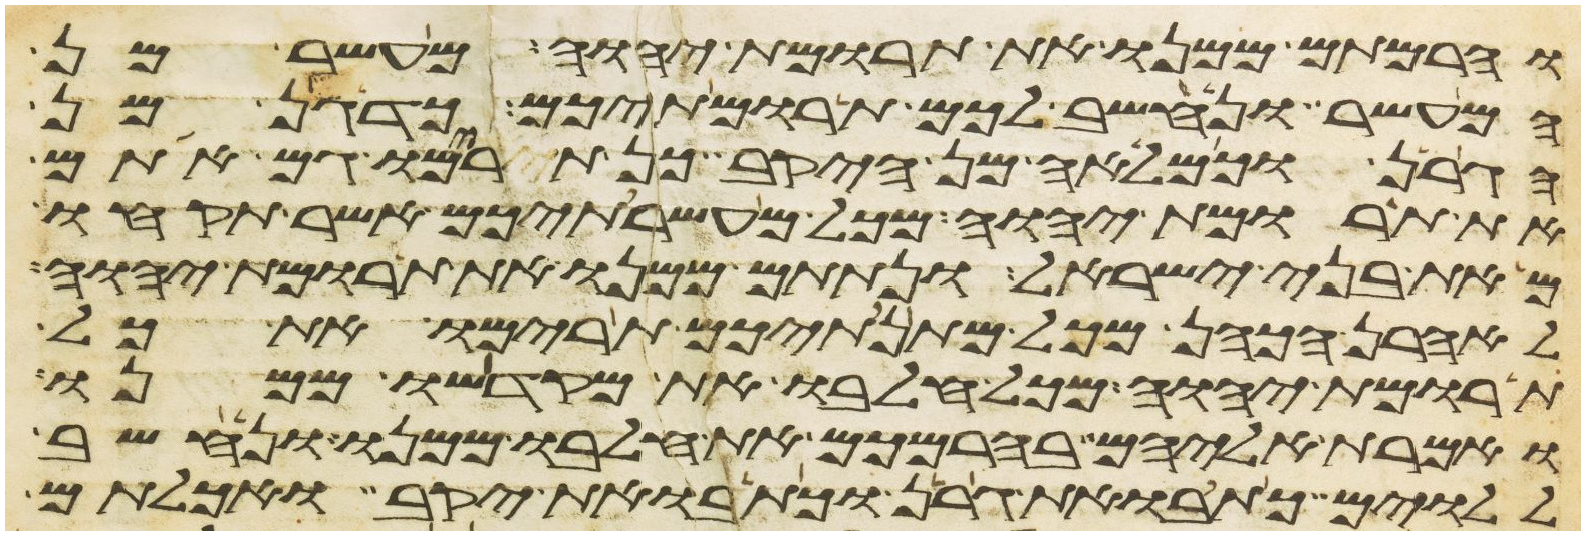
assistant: והרמתם ממנו את תרומת יהוה מעשר מן
המעשר ונחשב לכם תרומתיכם כדגן מן
הגרן וכמלאה מן היקב כן תרימו גם אתם
את תרומת יהוה מכל מעשרתיכם אשר תקחו
מאת בני ישראל ונתתם ממנו את תרומת יהוה
לאהרן הכהן מכל מתנתיכם תרימו את כל
תרומת יהוה מכל חלבו את מקדשו ממנו
ואמרת אליהם בהרמכם את חלבו ממנו ונחשב
ללוים כתבואת גרן וכתבואת יקב ואכלתם